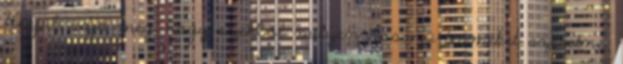
Kérjük adja meg, hogy ezekből milyen hosszú terméket szeretne.